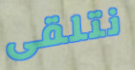
نتلقى